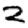
Digit: 2